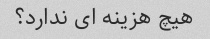
هیچ هزینه ای ندارد؟